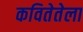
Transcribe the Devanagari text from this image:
कवितेतेला